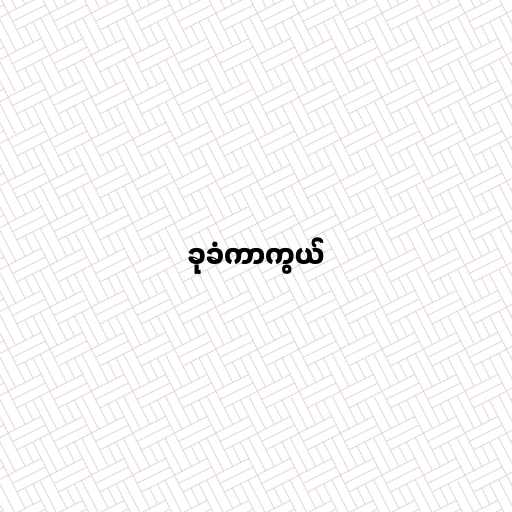
ခုခံကာကွယ်